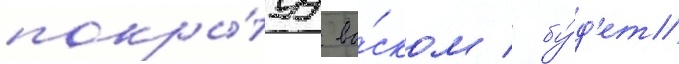
покры́туу во́ском / бу́д'ет